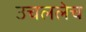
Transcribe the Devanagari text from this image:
उचललेच